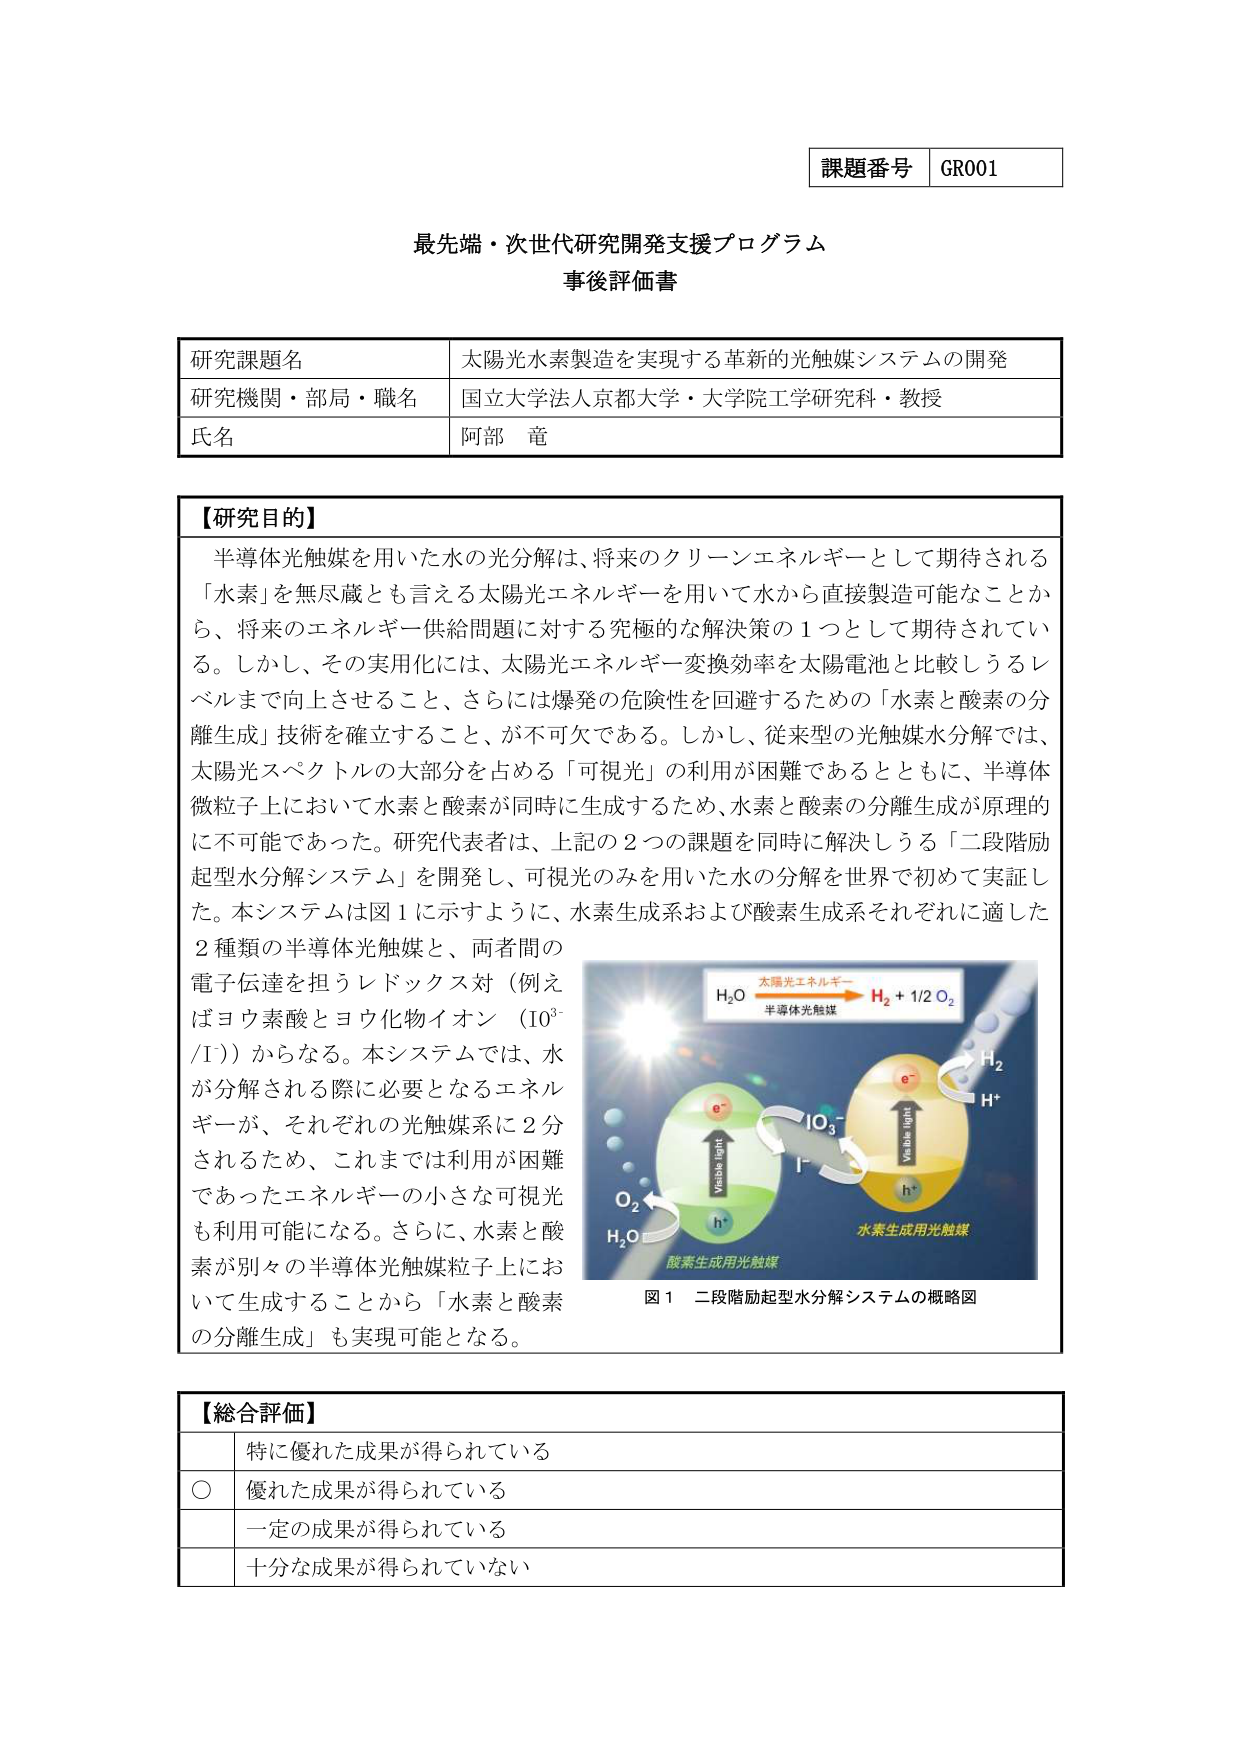
課題番号 GR001

最先端・次世代研究開発支援プログラム
事後評価書

研究課題名 太陽光水素製造を実現する革新的光触媒システムの開発
研究機関・部局・職名 国立大学法人京都大学・大学院工学研究科・教授
氏名 阿部 竜

【研究目的】
半導体光触媒を用いた水の光分解は、将来のクリーンエネルギーとして期待される
「水素」を無尽蔵とも言える太陽光エネルギーを用いて水から直接製造可能なことか
ら、将来のエネルギー供給問題に対する究極的な解決策の1つとして期待されてい
る。しかし、その実用化には、太陽光エネルギー変換効率を太陽電池と比較しうるレ
ベルまで向上させること、さらには爆発の危険性を回避するための「水素と酸素の分
離生成」技術を確立すること、が不可欠である。しかし、従来型の光触媒水分解では、
太陽光スペクトルの大部分を占める「可視光」の利用が困難であるとともに、半導体
微粒子上において水素と酸素が同時に生成するため、水素と酸素の分離生成が原理的
に不可能であった。研究代表者は、上記の2つの課題を同時に解決しうる「二段階励
起型水分解システム」を開発し、可視光のみを用いた水の分解を世界で初めて実証し
た。本システムは図1に示すように、水素生成系および酸素生成系それぞれに適した
2種類の半導体光触媒と、両者間の
電子伝達を担うレドックス対（例えばヨウ素酸とヨウ化物イオン（IO₃⁻/I⁻））からなる。本システムでは、水
が分解される際に必要となるエネルギーが、それぞれの光触媒系に2分
されるため、これまでは利用が困難
であったエネルギーの小さな可視光
も利用可能になる。さらに、水素と酸
素が別々の半導体光触媒粒子上にお
いて生成することから「水素と酸素
の分離生成」も実現可能となる。

H₂O 太陽光エネルギー H₂ + 1/2 O₂
半導体光触媒
e⁻
IO₃⁻
I⁻
h⁺
Visible light
Visible light
H₂
H⁺
O₂
H₂O
酸素生成用光触媒
水素生成用光触媒
図1 二段階励起型水分解システムの概略図

【総合評価】
特に優れた成果が得られている
○ 優れた成果が得られている
一定の成果が得られている
十分な成果が得られていない